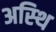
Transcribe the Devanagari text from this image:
अस्‍थि